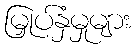
မြှုပ်နှံမှုများ